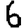
Digit: 6